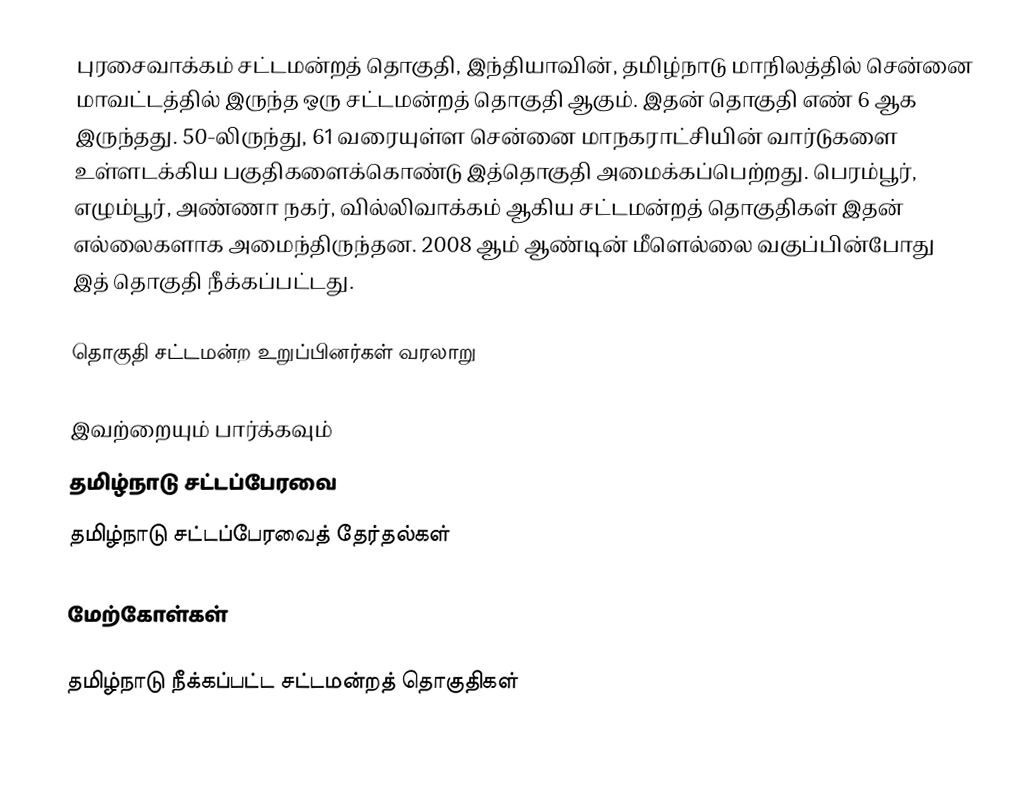
புரசைவாக்கம் சட்டமன்றத் தொகுதி, இந்தியாவின், தமிழ்நாடு மாநிலத்தில்  சென்னை மாவட்டத்தில் இருந்த ஒரு சட்டமன்றத் தொகுதி ஆகும். இதன் தொகுதி எண் 6 ஆக இருந்தது. 50-லிருந்து, 61 வரையுள்ள சென்னை மாநகராட்சியின் வார்டுகளை உள்ளடக்கிய பகுதிகளைக்கொண்டு இத்தொகுதி அமைக்கப்பெற்றது. பெரம்பூர், எழும்பூர், அண்ணா நகர், வில்லிவாக்கம் ஆகிய சட்டமன்றத் தொகுதிகள் இதன் எல்லைகளாக அமைந்திருந்தன. 2008 ஆம் ஆண்டின் மீளெல்லை வகுப்பின்போது இத் தொகுதி நீக்கப்பட்டது.

தொகுதி சட்டமன்ற உறுப்பினர்கள் வரலாறு

இவற்றையும் பார்க்கவும்
 தமிழ்நாடு சட்டப்பேரவை
 தமிழ்நாடு சட்டப்பேரவைத் தேர்தல்கள்

மேற்கோள்கள்

தமிழ்நாடு நீக்கப்பட்ட சட்டமன்றத் தொகுதிகள்